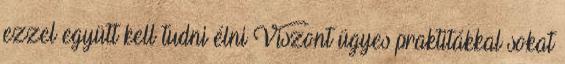
ezzel együtt kell tudni élni Viszont ügyes praktitákkal sokat